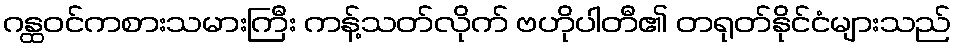
ဂန္ထဝင်ကစားသမားကြီး ကန့်သတ်လိုက် ဗဟိုပါတီ၏ တရုတ်နိုင်ငံများသည်